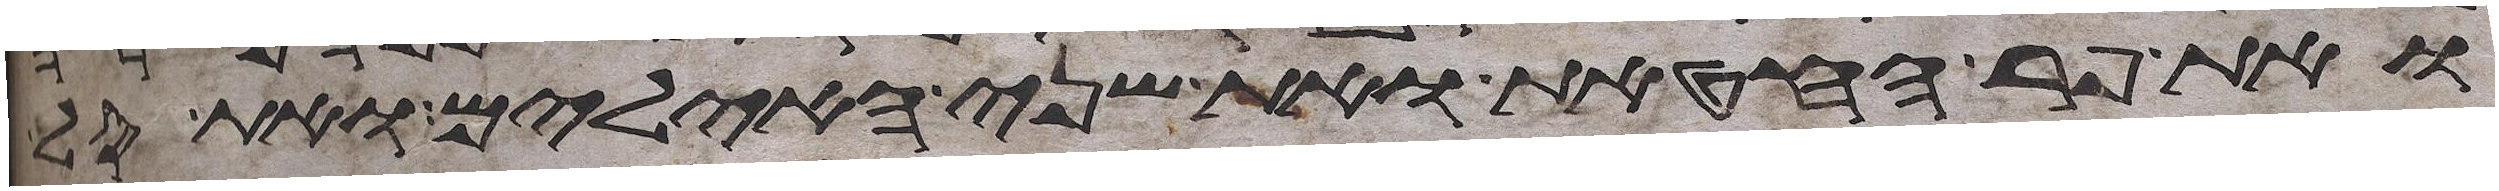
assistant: ואת פר החטאת ואת שני האילים ואת סל